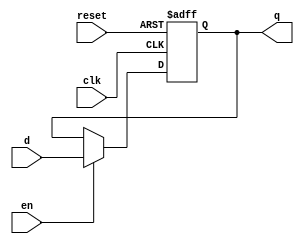
`timescale 1ns / 1ps
//////////////////////////////////////////////////////////////////////////////////
// Company: 
// Engineer: 
// 
// Design Name: 
// Module Name: flopenr
// Project Name: 
// Target Devices: 
// Tool Versions: 
// Description: 
// 
// Dependencies: 
// 
// Revision:
// Revision 0.01 - File Created
// Additional Comments:
// 
//////////////////////////////////////////////////////////////////////////////////


module flopenr #(parameter WIDTH=8)(
input clk,reset,en,
input [WIDTH-1:0] d,
output reg [WIDTH-1:0] q
    );
always @(posedge clk, posedge reset)
if (reset) q <= #1 0;
else if (en) q <= #1 d;
endmodule